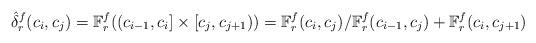
LaTeX: \begin{align*}\hat \delta^{f}_r(c_i,c_j)= \mathbb F^f_r((c_{i-1}, c_i]\times [c_j, c_{j+1}))= \mathbb F^f_r (c_{i}, c_{j})/ \mathbb F^f _r(c_{i-1}, c_{j}) + \mathbb F^f_r (c_{i}, c_{j+1})\end{align*}